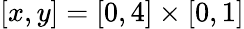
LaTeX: [x,y]=[0,4]\times[0,1]